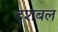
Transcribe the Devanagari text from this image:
दशबल